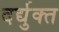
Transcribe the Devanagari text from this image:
दर्द्युक्त